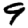
Digit: 9